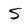
Character: S